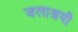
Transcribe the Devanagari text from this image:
जलाश्रयी